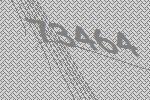
73464